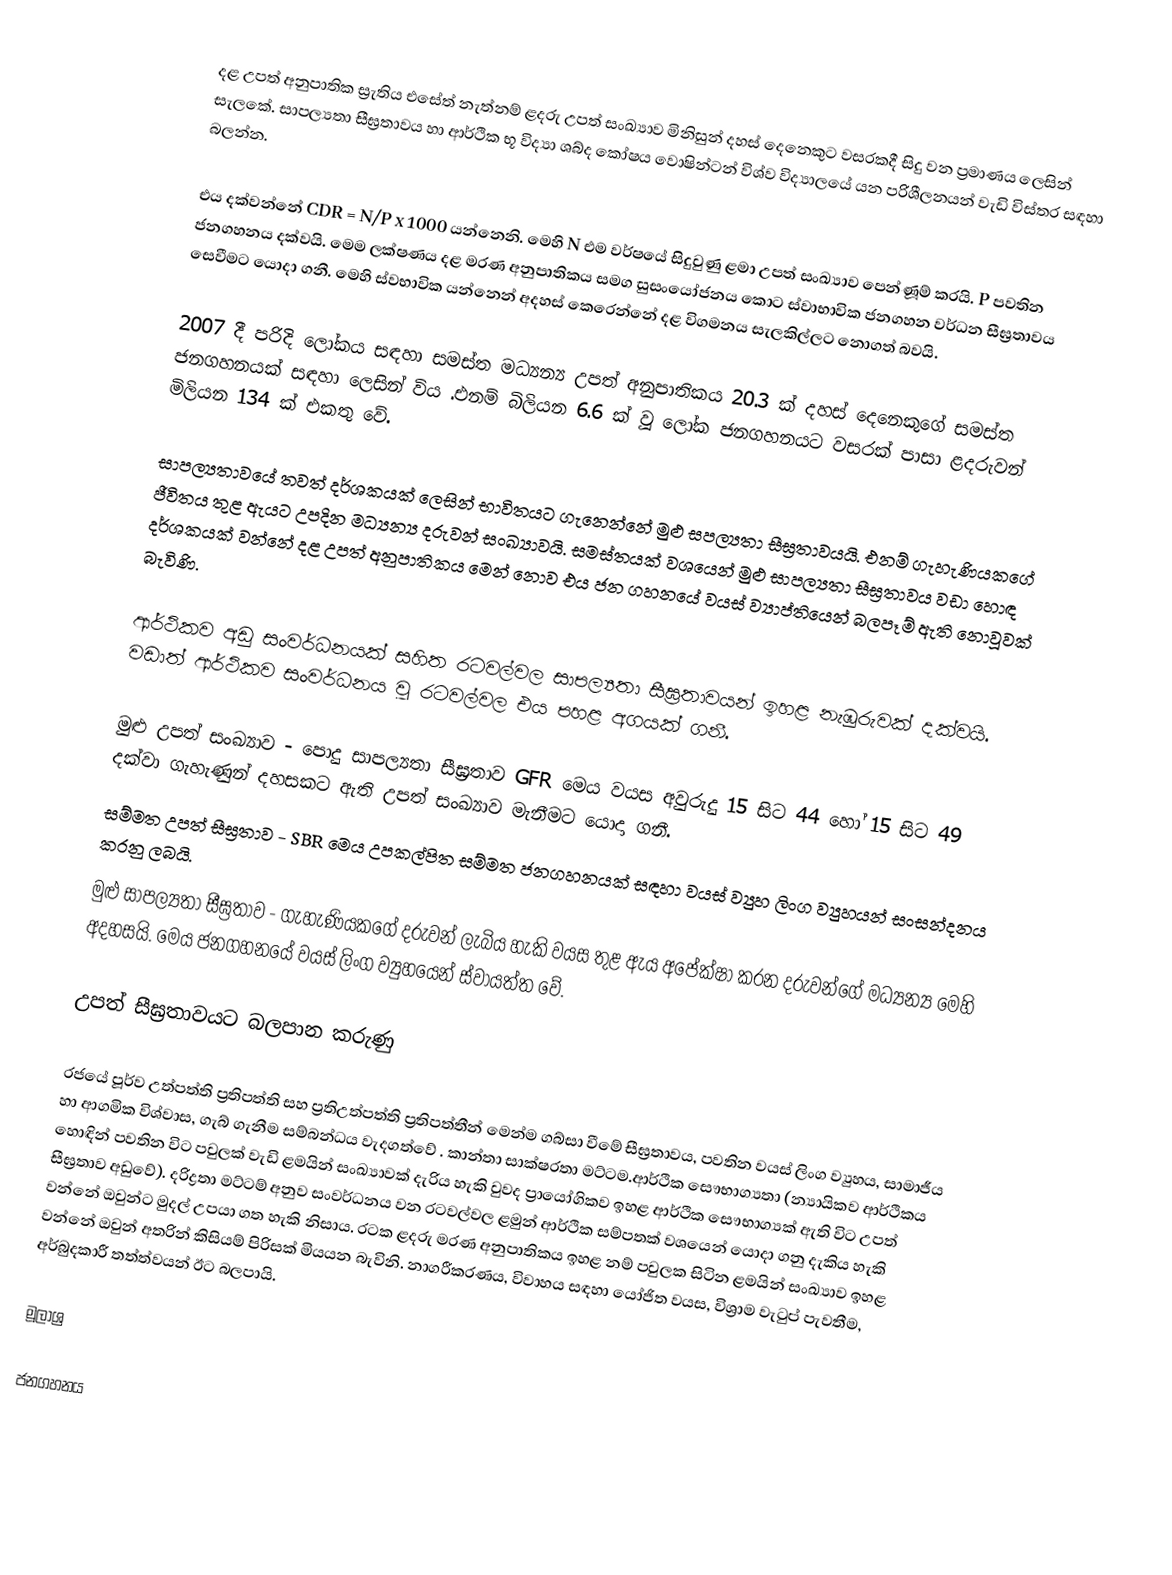
දළ උපත් අනුපාතික ස්‍රැතිය එසේත් නැත්නම් ළදරු උපත් සංඛ්‍යාව මිනිසුන් දහස් දෙනෙකුට වසරකදී සිදු වන ප්‍රමාණය ලෙසින් සැලකේ. සාපල්‍යතා සීඝ්‍රතාවය හා ආර්ථික භූ විද්‍යා ශබ්ද කෝෂය වොෂින්ටන් විශ්ව විද්‍යාලයේ යන පරිශීලනයන් වැඩි විස්තර සඳහා බලන්න.

එය දක්වන්නේ CDR = N/P x 1000 යන්නෙනි. මෙහි N එම වර්ෂයේ සිදුවුණු ළමා උපත් සංඛ්‍යාව පෙන්ණූම් කරයි. P පවතින ජනගහනය දක්වයි. මෙම ලක්ෂණය දළ මරණ අනුපාතිකය සමග සුසංයෝජනය කොට ස්වාභාවික ජනගහන වර්ධන සීඝ්‍රතාවය සෙවීමට යොදා ගනී. මෙහි ස්වභාවික යන්නෙන් අදහස් කෙරෙන්නේ දළ විගමනය සැලකිල්ලට නොගත් බවයි.

2007 දී පරිදි ලෝකය සඳහා සමස්ත මධ්‍යන්‍ය උපත් අනුපාතිකය 20.3  ක් දහස් දෙනෙකුගේ සමස්ත ජනගහනයක් සඳහා ලෙසින් විය .එනම් බිලියන 6.6 ක් වූ ලෝක ජනගහනයට වසරක් පාසා ළදරුවන් මිලියන 134 ක් එකතු වේ.

සාපල්‍යතාවයේ තවත් දර්ශකයක් ලෙසින් භාවිතයට ගැනෙන්නේ මුළු සපල්‍යතා සීඝ්‍රතාවයයි. එනම් ගැහැණියකගේ ජීවිතය තුළ ඇයට උපදින මධ්‍යන්‍ය දරුවන් සංඛ්‍යාවයි. සමස්තයක් වශයෙන් මුළු සාපල්‍යතා සීඝ්‍රතාවය වඩා හොඳ දර්ශකයක් වන්නේ දළ උපත් අනුපාතිකය මෙන් නොව එය ජන ගහනයේ වයස් ව්‍යාප්තියෙන් බලපෑම් ඇති නොවූවක් බැවිණි.

ආර්ථිකව අඩු සංවර්ධනයක් සහිත රටවල්වල සාපල්‍යතා සීඝ්‍රතාවයන් ඉහළ නැඹුරුවක් දක්වයි. වඩාත් ආර්ථිකව සංවර්ධනය වූ රටවල්වල එය පහළ අගයක් ගනී.

මුළු උපත් සංඛ්‍යාව - පොදු සාපල්‍යතා සීඝ්‍රතාව GFR මෙය වයස අවුරුදු 15 සිට 44 හෝ 15 සිට 49 දක්වා ගැහැණුන් දහසකට ඇති උපත් සංඛ්‍යාව මැනීමට යොදා ගනී.
සම්මත උපත් සීඝ්‍රතාව - SBR මෙය උපකල්පිත සම්මත ජනගහනයක් සඳහා වයස් ව්‍යුහ ලිංග ව්‍යුහයන් සංසන්දනය කරනු ලබයි.
මුළු සාපල්‍යතා සීඝ්‍රතාව - ගැහැණියකගේ දරුවන් ලැබිය හැකි වයස තුළ ඇය අපේක්ෂා කරන දරුවන්ගේ මධ්‍යන්‍ය මෙහි අදහසයි. මෙය ජනගහනයේ වයස් ලිංග ව්‍යුහයෙන් ස්වායත්ත වේ.

උපත් සීඝ්‍රතාවයට බලපාන කරුණු

රජයේ පූර්ව උත්පත්ති ප්‍රතිපත්ති සහ ප්‍රතිඋත්පත්ති ප්‍රතිපත්තීන් මෙන්ම ගබ්සා වීමේ සීඝ්‍රතාවය, පවතින වයස් ලිංග ව්‍යුහය, සාමාජීය හා ආගමික විශ්වාස, ගැබ් ගැනීම සම්බන්ධය වැදගත්වේ . කාන්තා සාක්ෂරතා මට්ටම.ආර්ථික සෞභාග්‍යතා (න්‍යායිකව ආර්ථිකය හොඳින් පවතින විට පවුලක් වැඩි ළමයින් සංඛ්‍යාවක් දැරිය හැකි වුවද ප්‍රායෝගිකව ඉහළ ආර්ථික සෞභාග්‍යක් ඇති විට උපත් සීඝ්‍රතාව අඩුවේ). දරිද්‍රතා මට්ටම් අනුව සංවර්ධනය වන රටවල්වල ළමුන් ආර්ථික සම්පතක් වශයෙන් යොදා ගනු දැකිය හැකි වන්නේ ඔවුන්ට මුදල් උපයා ගත හැකි නිසාය. රටක ළදරු මරණ අනුපාතිකය ඉහළ නම් පවුලක සිටින ළමයින් සංඛ්‍යාව ඉහළ වන්නේ ඔවුන් අතරින් කිසියම් පිරිසක් මියයන බැවිනි. නාගරීකරණය, විවාහය සඳහා යෝජිත වයස, විශ්‍රාම වැටුප් පැවතීම, අර්බුදකාරී තත්ත්වයන් ඊට බලපායි.

මූලාශ්‍ර

ජනගහනය